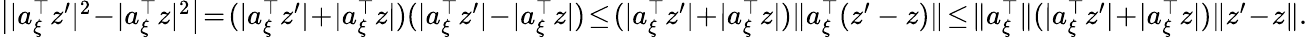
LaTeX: \begin{array}{r}{\big||a_{\xi}^{\top}z^{\prime}|^{2}\! -\! |a_{\xi}^{\top}z|^{2}\big|\! =\! (|a_{\xi}^{\top}z^{\prime}|\! +\! |a_{\xi}^{\top}z|)(|a_{\xi}^{\top}z^{\prime}|\! -\! |a_{\xi}^{\top}z|)\! \le\! (|a_{\xi}^{\top}z^{\prime}|\! +\! |a_{\xi}^{\top}z|)\| a_{\xi}^{\top}(z^{\prime}-z)\| \! \le\! \| a_{\xi}^{\top}\| (|a_{\xi}^{\top}z^{\prime}|\! +\! |a_{\xi}^{\top}z|)\| z^{\prime}\! -\! z\| .}\end{array}